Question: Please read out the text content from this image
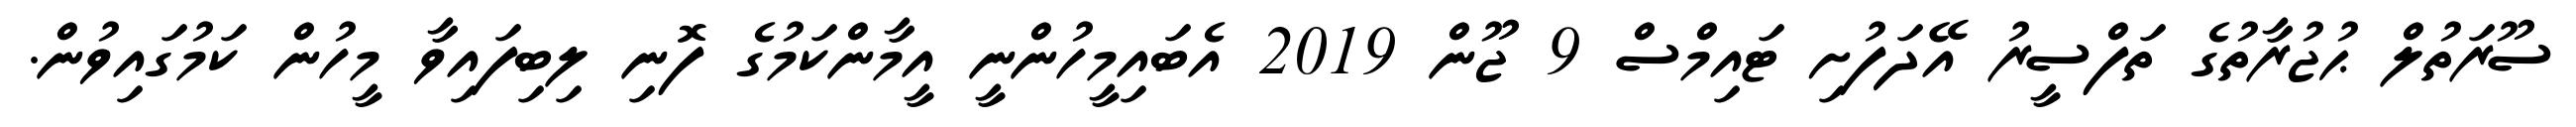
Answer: ސޫރަތުލް ޙުޖުރާތުގެ ތަފްސީރު އޭދަފުށި ޓައިމްސް 9 ޖޫން 2019 އެބައިމީހުންނީ އީމާންކަމުގެ ފޮނި ލިބިފައިވާ މީހުން ކަމުގައިވުން.